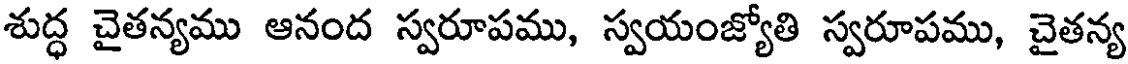
శుద్ధ చైతన్యము ఆనంద స్వరూపము, స్వయంజ్యోతి స్వరూపము, చైతన్య